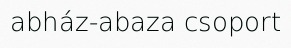
abház-abaza csoport